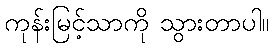
ကုန်းမြင့်သာကို သွားတာပါ။